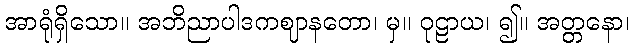
အာရုံရှိသော။ အဘိညာပါဒကဈာနတော၊ မှ။ ဝုဠာယ၊ ၍။ အတ္တနော၊